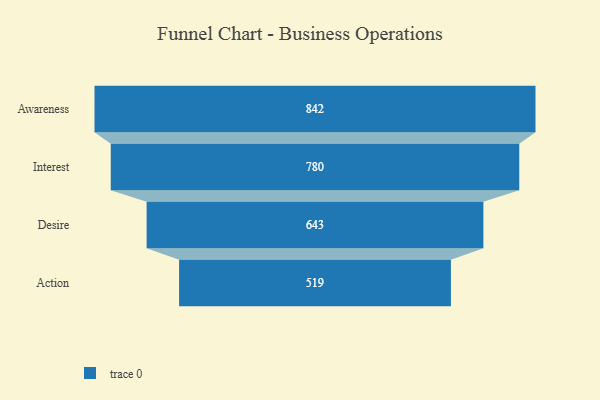
{"axis": {"x": "Stage", "y": "Value"}, "legend": [""], "data": [{"x": "Awareness", "y": 842.0, "type": ""}, {"x": "Interest", "y": 780.0, "type": ""}, {"x": "Desire", "y": 643.0, "type": ""}, {"x": "Action", "y": 519.0, "type": ""}]}